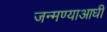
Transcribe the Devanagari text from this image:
जन्मण्याआधी